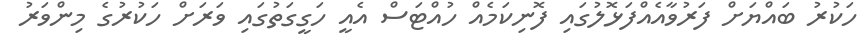
ހަކުރު ބައްޔަށް ފަރުވާއެއްފަޅޮލުގައި ފޮނިކަމެއް ހުއްޓަސް އެއީ ހަގީގަތުގައި ވަރަށް ހަކުރުގެ މިންވަރު